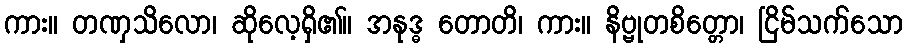
ကား။ တဏှသိလော၊ ဆိုလေ့ရှိ၏။ အနုဒ္ဓ တောတိ၊ ကား။ နိဗ္ဗုတစိတ္တော၊ ငြိမ်သက်သော